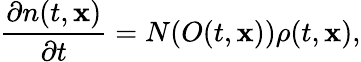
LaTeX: \frac{\partial n(t,\mathbf{x})}{\partial t}=N(O(t,\mathbf{x}))\rho(t,\mathbf{x}),